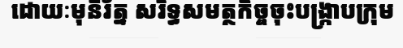
ដោយៈមុនីរ័ត្ន សរិទ្ធសមត្ថកិច្ចចុះបង្ក្រាបក្រុម